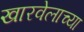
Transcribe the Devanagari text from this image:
खारवेलाच्या